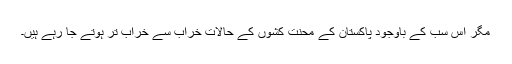
مگر اس سب کے باوجود پاکستان کے محنت کشوں کے حالات خراب سے خراب تر ہوتے جا رہے ہیں۔